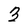
Character: 3